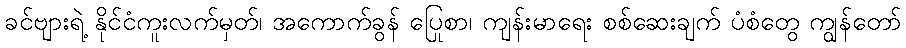
ခင်ဗျားရဲ့ နိုင်ငံကူးလက်မှတ်၊ အကောက်ခွန် ပြေစာ၊ ကျန်းမာရေး စစ်ဆေးချက် ပုံစံတွေ ကျွန်တော်